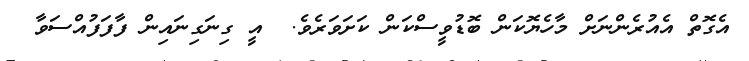
އެގޮތް އެއުރެންނަށް މާހެޔޮކަން ބޮޑުވީސްކަން ކަށަވަރެވެ.  އީ ގިނަގިނައިން ފާފަފުއްސަވާ